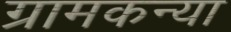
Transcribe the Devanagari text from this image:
ग्रामकन्या